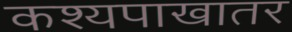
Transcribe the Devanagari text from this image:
कश्यपाखातर